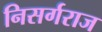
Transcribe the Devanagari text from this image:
निसर्गराज